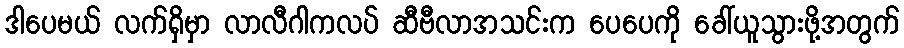
ဒါပေမယ် လက်ရှိမှာ လာလီဂါကလပ် ဆီဗီလာအသင်းက ပေပေကို ခေါ်ယူသွားဖို့အတွက်